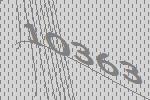
10363